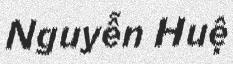
Nguyễn Huệ